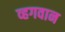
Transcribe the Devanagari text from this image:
व्हगवान